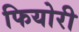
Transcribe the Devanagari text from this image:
फियोरी